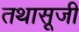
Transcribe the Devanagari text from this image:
तथासूजी